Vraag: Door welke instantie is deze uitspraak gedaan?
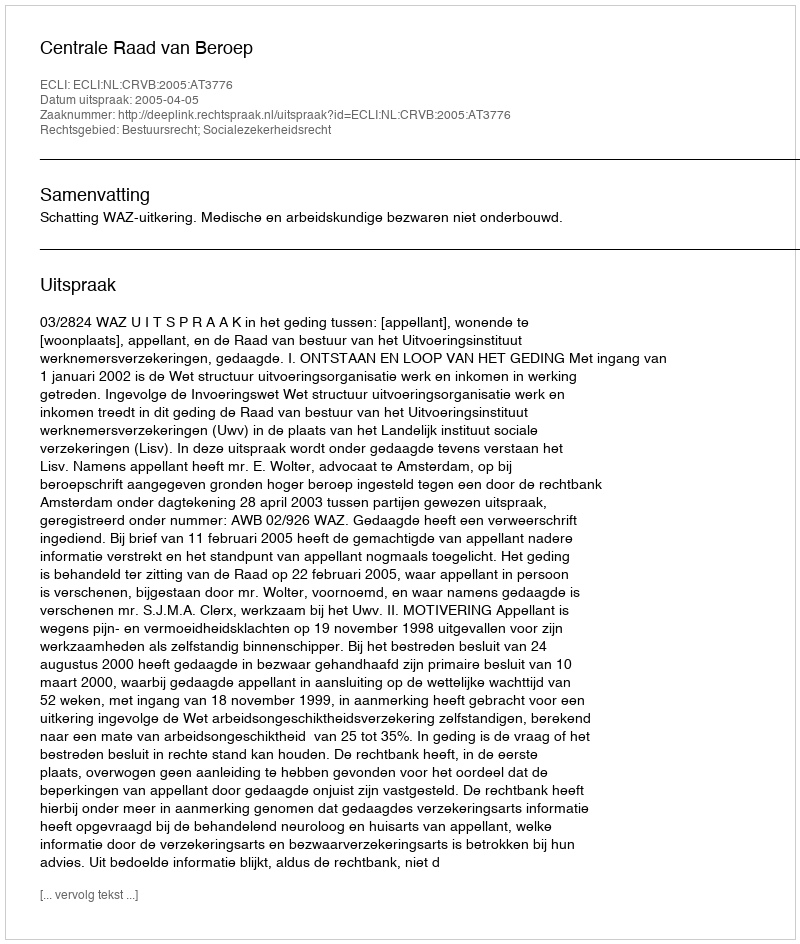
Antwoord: Centrale Raad van Beroep